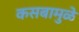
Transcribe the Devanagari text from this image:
कसबामुळे